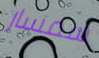
سمسار